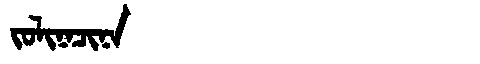
Manchu: ᠵᠣᠯᡳᠨᠠᠴᡳᠨᠠ
Romanization: JOLINACINA